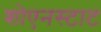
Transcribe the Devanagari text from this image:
शोएनस्टाट